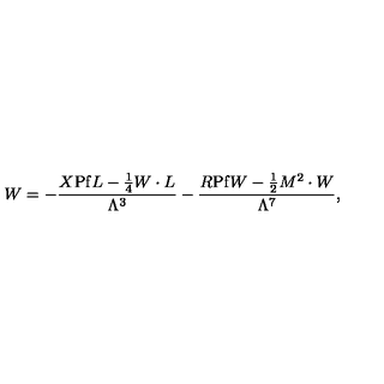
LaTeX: W = - { \frac { X { \mathrm { P f } } L - \frac 1 4 W \cdot L } { \Lambda ^ { 3 } } } - { \frac { R { \mathrm { P f } } W - \frac 1 2 M ^ { 2 } \cdot W } { \Lambda ^ { 7 } } } ,